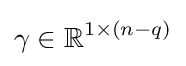
\gamma \in \mathbb {R} ^{1\times (n-q)}